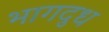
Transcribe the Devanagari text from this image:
भागदुध